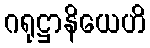
ဂရုဋ္ဌာနိယေဟိ